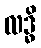
လဒ္ဓိ